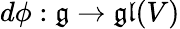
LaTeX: d\phi:{\mathfrak{g}}\to{\mathfrak{gl}}(V)